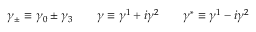
\gamma _ { \pm } \equiv \gamma _ { 0 } \pm \gamma _ { 3 } \qquad \gamma \equiv \gamma ^ { 1 } + i \gamma ^ { 2 } \qquad \gamma ^ { * } \equiv \gamma ^ { 1 } - i \gamma ^ { 2 }